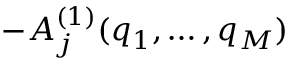
- A _ { j } ^ { ( 1 ) } ( q _ { 1 } , \dots , q _ { M } )